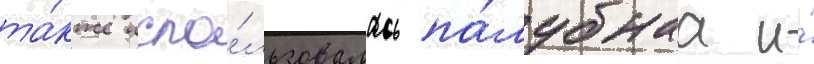
та́кже испо́льзовалась па́лубнаа и́